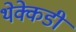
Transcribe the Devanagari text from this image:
थेक्केडी